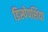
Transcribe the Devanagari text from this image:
डिस्पेपशिया